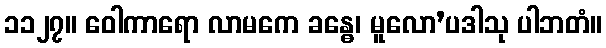
၁၁၂၇။ ဝေါကာရော လာမကေ ခန္ဓေ၊ မူလော’ပဒါသု ပါဘတံ။